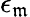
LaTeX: \epsilon_{\mathfrak{m}}